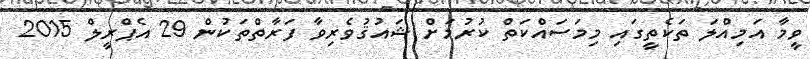
ވީމާ އަމިއްލަ ތަކެތީގައި މިމަސައްކަތް ކުރުމަށް ޝައުޤުވެރިވާ ފަރާތްތަކުން 29 އެޕްރީލް 2015